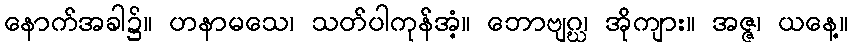
နောက်အခါ၌။ ဟနာမသေ၊ သတ်ပါကုန်အံ့။ ဘောဗျဂ္ဃ၊ အိုကျား။ အဇ္ဇ၊ ယနေ့။